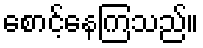
စောင့်နေကြသည်။